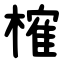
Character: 榷